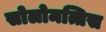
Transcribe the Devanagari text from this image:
सोलोमत्तिस